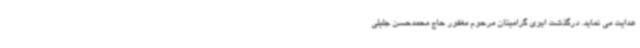
هدایت می نماید. درگذشت ابوی گرامیتان مرحوم مغفور حاج محمدحسن جلیلی